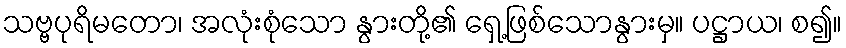
သဗ္ဗပုရိမတော၊ အလုံးစုံသော နွားတို့၏ ရှေ့ဖြစ်သောနွားမှ။ ပဋ္ဌာယ၊ စ၍။